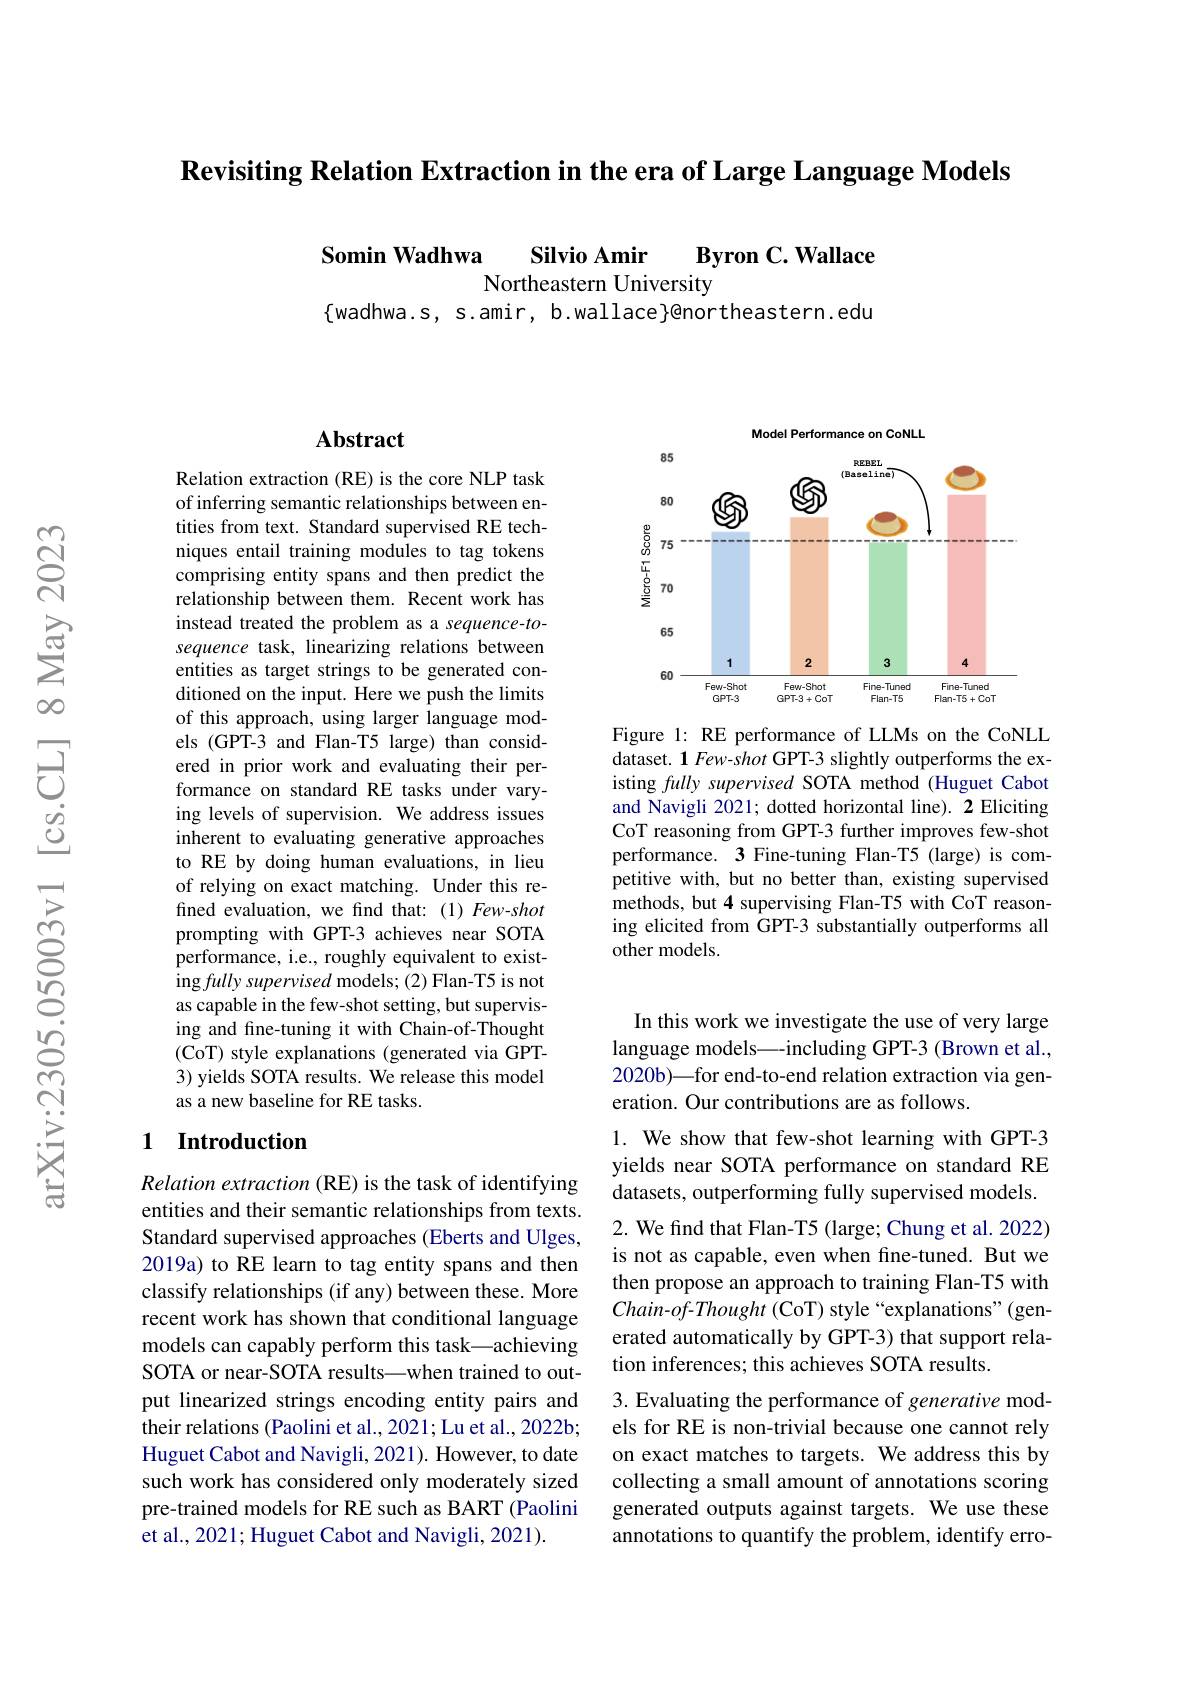
$\textbf{Revisiting Relation Extraction in the era of Large Language Models}$

Somin Wadhwa Silvio Amir Byron C. Wallace

Northeastern University
$\{$wadhwa.s, s.amir, b.wallace}@northeastern.edu

## Abstract

Relation extraction (RE) is the core NLP task of inferring semantic relationships between entities from text. Standard supervised RE techniques entail training modules to tag tokens comprising entity spans and then predict the relationship between them. Recent work has instead treated the problem as a sequence-tosequence task, linearizing relations between entities as target strings to be generated conditioned on the input. Here we push the limits of this approach, using larger language models (GPT-3 and Flan-T5 large) than considered in prior work and evaluating their performance on standard RE tasks under varying levels of supervision. We address issues inherent to evaluating generative approaches to RE by doing human evaluations, in lieu of relying on exact matching. Under this refined evaluation, we find that: (1) Few-shot prompting with GPT-3 achieves near SOTA performance, i.e., roughly equivalent to existing fully supervised models; (2) Flan-T5 is not as capable in the few-shot setting, but supervising and fine-tuning it with Chain-of-Thought (CoT) style explanations (generated via GPT- 3) yields SOTA results. We release this model as a new baseline for RE tasks.

### 1 Introduction

Relation extraction (RE) is the task of identifying entities and their semantic relationships from texts. Standard supervised approaches (Eberts and Ulges, 2019a) to RE learn to tag entity spans and then classify relationships (if any) between these. More recent work has shown that conditional language models can capably perform this task—achieving SOTA or near-SOTA results—when trained to output linearized strings encoding entity pairs and their relations (Paolini et al., 2021; Lu et al., 2022b; Huguet Cabot and Navigli, 2021). However, to date such work has considered only moderately sized pre-trained models for RE such as BART (Paolini et al., 2021; Huguet Cabot and Navigli, 2021).

<FigureHere>

Figure 1: RE performance of LLMs on the CoNLL dataset. 1 Few-shot GPT-3 slightly outperforms the existing fully supervised SOTA method (Huguet Cabot and Navigli 2021; dotted horizontal line). 2 Eliciting CoT reasoning from GPT-3 further improves few-shot performance. 3 Fine-tuning Flan-T5 (large) is competitive with, but no better than, existing supervised methods, but 4 supervising Flan-T5 with CoT reasoning elicited from GPT-3 substantially outperforms all other models.

In this work we investigate the use of very large language models\_-including GPT-3 (Brown et al., 2020b)—for end-to-end relation extraction via generation. Our contributions are as follows.

1. We show that few-shot learning with GPT-3 yields near SOTA performance on standard RE datasets, outperforming fully supervised models. 2. We find that Flan-T5 (large; Chung et al. 2022) is not as capable, even when fine-tuned. But we then propose an approach to training Flan-T5 with $Chain-of-Thought$ (CoT) style“explanations"(generated automatically by GPT-3) that support relation inferences; this achieves SOTA results.
3. Evaluating the performance of generative models for RE is non-trivial because one cannot rely on exact matches to targets. We address this by collecting a small amount of annotations scoring generated outputs against targets. We use these annotations to quantify the problem, identify erro-